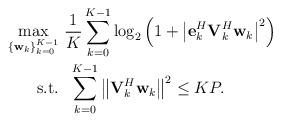
LaTeX: \begin{align*} \begin{aligned} \mathop {\max }\limits_{ \left\{ {{{\bf{w}}_k}} \right\}_{k = 0}^{K - 1} }& \ \frac{1}{{K}}\sum\limits_{k = 0}^{K - 1} {{{\log }_2}\left( {1 + {{\left| {{\bf{e}}_k^H{\bf{V}}_k^H{{\bf{w}}_k}} \right|}^2}} \right)}\\ {\rm{s.t.}} &\ \ \sum\limits_{k = 0}^{K - 1} {{{\left\| {{{\bf{V}}_k^H}{{\bf{w}}_k}} \right\|}^2}} \le KP. \end{aligned} \end{align*}